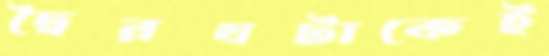
দ্বৈরথটাকেই